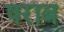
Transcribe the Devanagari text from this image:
षराब